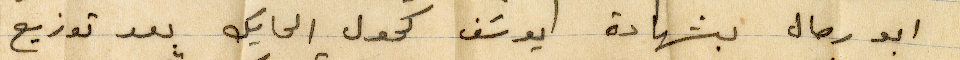
أبو رحال بشهادة يوسف كحول الحايك بعد توزيع